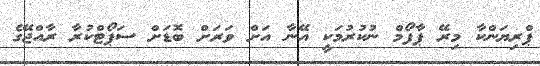
ޕްރިޔަންކާ މިރޭ ޕާފޯމް ނުކުރުމަކީ އޭނާ އަށް ވަރަށް ބޮޑަށް ސަޕޯޓްކުރާ ރާއްޖޭގެ